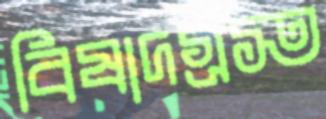
বিষাদগ্রস্ত